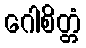
ဂေါစိတ္တံ